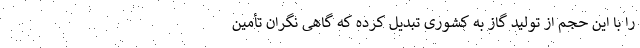
را با این حجم از تولید گاز به کشوری تبدیل کرده که گاهی نگران تأمین